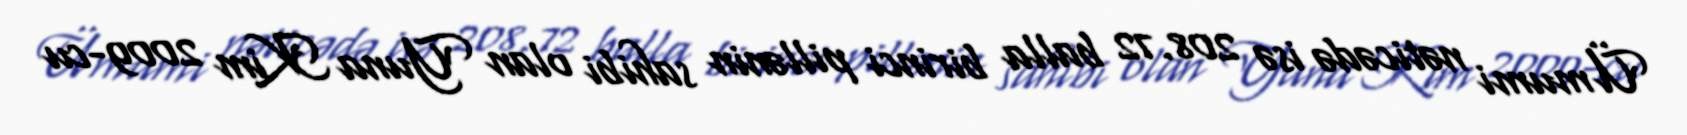
Ümumi nəticədə isə 208.72 balla birinci pillənin sahibi olan Yuna Kim 2009-cu